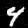
Label: 4